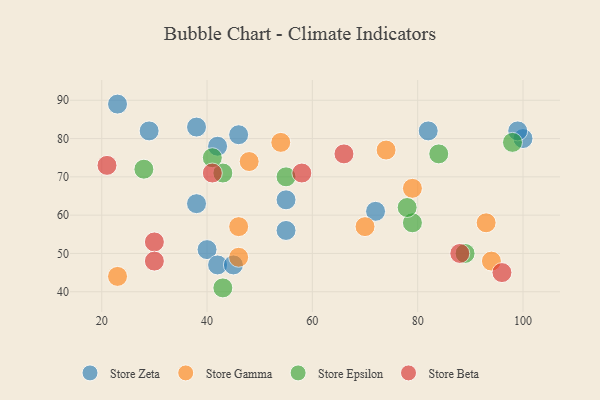
{"axis": {"x": "GDP", "y": "Life Expectancy"}, "legend": ["Store Beta", "Store Epsilon", "Store Gamma", "Store Zeta"], "data": [{"x": "82", "y": 82, "type": "Store Zeta"}, {"x": "40", "y": 51, "type": "Store Zeta"}, {"x": "42", "y": 47, "type": "Store Zeta"}, {"x": "38", "y": 63, "type": "Store Zeta"}, {"x": "38", "y": 83, "type": "Store Zeta"}, {"x": "29", "y": 82, "type": "Store Zeta"}, {"x": "55", "y": 64, "type": "Store Zeta"}, {"x": "55", "y": 56, "type": "Store Zeta"}, {"x": "42", "y": 78, "type": "Store Zeta"}, {"x": "72", "y": 61, "type": "Store Zeta"}, {"x": "46", "y": 81, "type": "Store Zeta"}, {"x": "100", "y": 80, "type": "Store Zeta"}, {"x": "23", "y": 89, "type": "Store Zeta"}, {"x": "99", "y": 82, "type": "Store Zeta"}, {"x": "45", "y": 47, "type": "Store Zeta"}, {"x": "48", "y": 74, "type": "Store Gamma"}, {"x": "23", "y": 44, "type": "Store Gamma"}, {"x": "94", "y": 48, "type": "Store Gamma"}, {"x": "79", "y": 67, "type": "Store Gamma"}, {"x": "46", "y": 49, "type": "Store Gamma"}, {"x": "93", "y": 58, "type": "Store Gamma"}, {"x": "46", "y": 57, "type": "Store Gamma"}, {"x": "74", "y": 77, "type": "Store Gamma"}, {"x": "70", "y": 57, "type": "Store Gamma"}, {"x": "54", "y": 79, "type": "Store Gamma"}, {"x": "43", "y": 71, "type": "Store Epsilon"}, {"x": "43", "y": 41, "type": "Store Epsilon"}, {"x": "41", "y": 75, "type": "Store Epsilon"}, {"x": "55", "y": 70, "type": "Store Epsilon"}, {"x": "84", "y": 76, "type": "Store Epsilon"}, {"x": "79", "y": 58, "type": "Store Epsilon"}, {"x": "98", "y": 79, "type": "Store Epsilon"}, {"x": "89", "y": 50, "type": "Store Epsilon"}, {"x": "78", "y": 62, "type": "Store Epsilon"}, {"x": "28", "y": 72, "type": "Store Epsilon"}, {"x": "58", "y": 71, "type": "Store Beta"}, {"x": "66", "y": 76, "type": "Store Beta"}, {"x": "41", "y": 71, "type": "Store Beta"}, {"x": "88", "y": 50, "type": "Store Beta"}, {"x": "21", "y": 73, "type": "Store Beta"}, {"x": "30", "y": 53, "type": "Store Beta"}, {"x": "96", "y": 45, "type": "Store Beta"}, {"x": "30", "y": 48, "type": "Store Beta"}]}